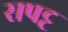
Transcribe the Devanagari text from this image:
सपट्ट